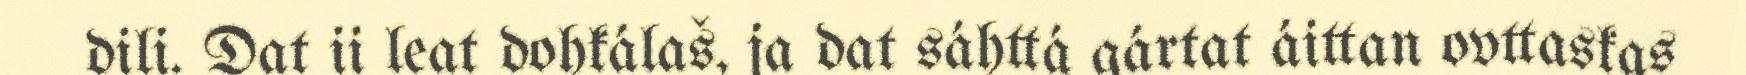
dili. Dat ii leat dohkálaš, ja dat sáhttá gártat áittan ovttaskas